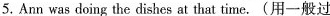
5. Ann was doing the dishes at that time.(用一般过